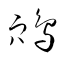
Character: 鴪